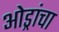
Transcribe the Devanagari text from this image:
ओड्रांचा